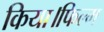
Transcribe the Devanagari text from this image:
किया।फिल्म